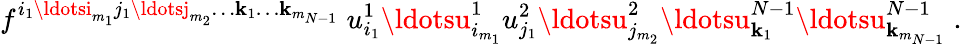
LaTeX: f^{i_{1}\ldotsi_{m_{1}}j_{1}\ldotsj_{m_{2}}\ldots\mathbf{k}_{1}\ldots\mathbf{k}_{m_{N-1}}}\; u_{i_{1}}^{1}\ldotsu_{i_{m_{1}}}^{1}u_{j_{1}}^{2}\ldotsu_{j_{m_{2}}}^{2}\ldotsu_{\mathbf{k}_{1}}^{N-1}\ldotsu_{\mathbf{k}_{m_{N-1}}}^{N-1}\; .